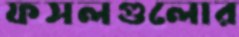
ফসলগুলোর